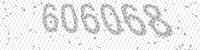
Solution: 606068